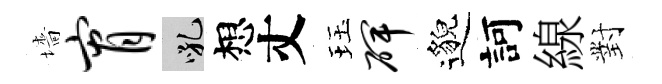
墻宵吼想丈珏碑邈訶線對